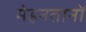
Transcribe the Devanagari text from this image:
मेहनतानों